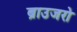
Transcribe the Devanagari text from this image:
ब्राउजरो